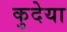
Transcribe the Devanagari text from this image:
कुदेया